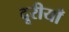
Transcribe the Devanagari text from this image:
दूरीयाँ